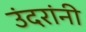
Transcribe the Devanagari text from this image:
उंदरांनी